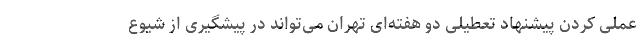
عملی کردن پیشنهاد تعطیلی دو هفته‌ای تهران می‌تواند در پیشگیری از شیوع